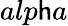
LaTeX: alp\mathsf{h}a